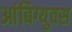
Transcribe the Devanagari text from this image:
आंबिग्युवस